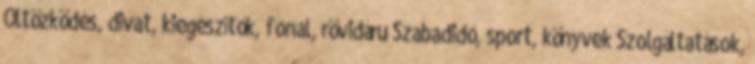
Öltözködés, divat, kiegészítők, fonal, rövidáru Szabadidő, sport, könyvek Szolgáltatások,